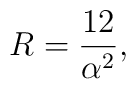
R=\frac{12}{\alpha^{2}},